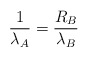
\begin{align*}{1 \over \lambda_{A}} = {R_{B}\over \lambda_{B}}\end{align*}